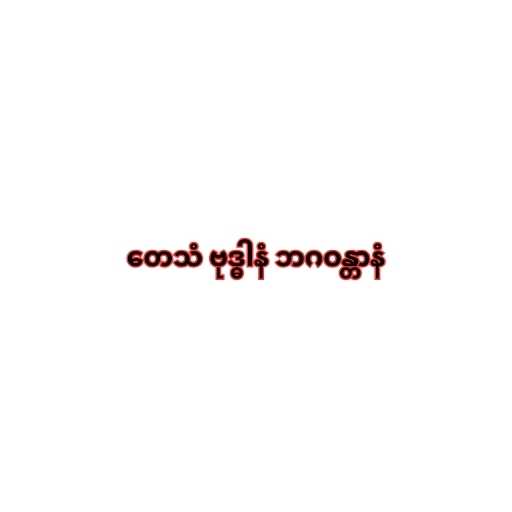
တေသံ ဗုဒ္ဓါနံ ဘဂဝန္တာနံ